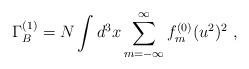
LaTeX: \begin{align*}\Gamma^{(1)}_B = N \int d^3x \sum_{m= -\infty}^{\infty} f^{(0)}_m (u^2)^2 \ , \end{align*}